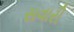
સવારી